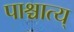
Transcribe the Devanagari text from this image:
पाश्चात्य्